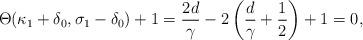
LaTeX: \begin{align*}\Theta(\kappa_{1}+\delta_{0},\sigma_{1}-\delta_{0})+1 = \frac{2d}{\gamma}-2\left(\frac{d}{\gamma}+\frac{1}{2}\right)+1=0,\end{align*}